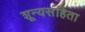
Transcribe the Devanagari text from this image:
शून्यसंहिता